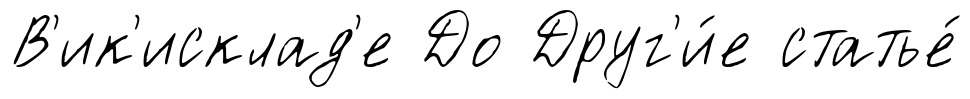
В'ик'исклад'е До Друг'и́е статье́